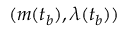
( m ( t _ { b } ) , \lambda ( t _ { b } ) )